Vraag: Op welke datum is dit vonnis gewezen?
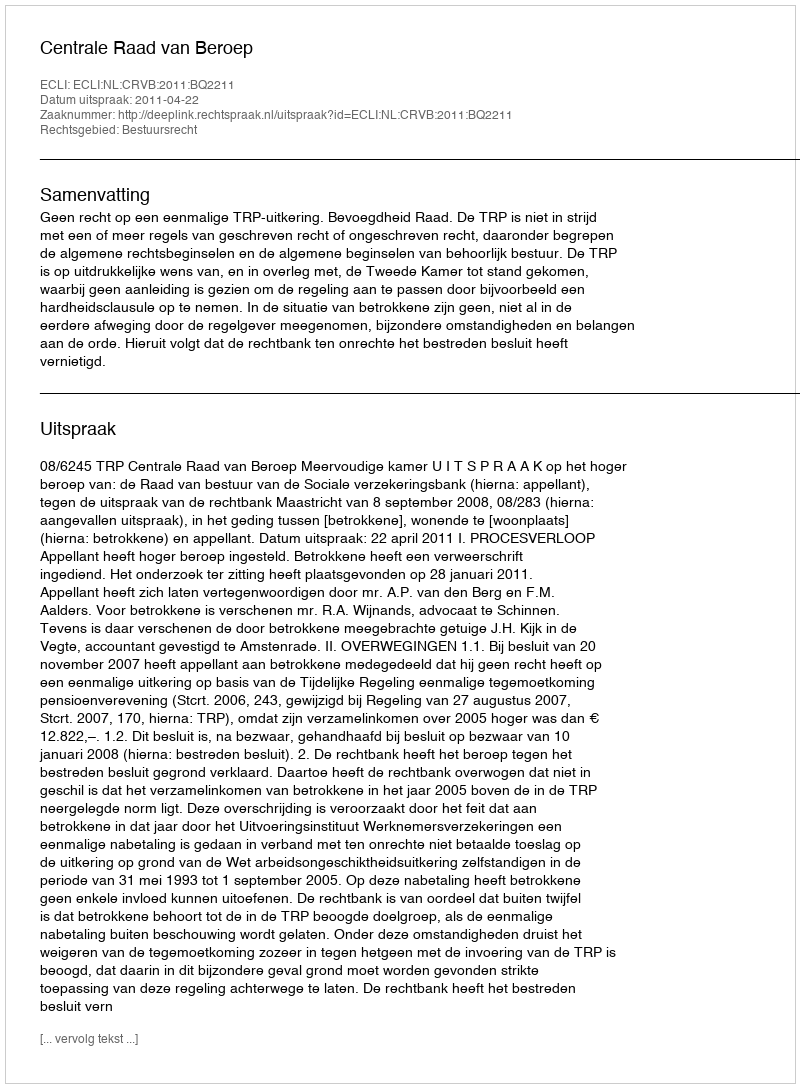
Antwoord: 2011-04-22